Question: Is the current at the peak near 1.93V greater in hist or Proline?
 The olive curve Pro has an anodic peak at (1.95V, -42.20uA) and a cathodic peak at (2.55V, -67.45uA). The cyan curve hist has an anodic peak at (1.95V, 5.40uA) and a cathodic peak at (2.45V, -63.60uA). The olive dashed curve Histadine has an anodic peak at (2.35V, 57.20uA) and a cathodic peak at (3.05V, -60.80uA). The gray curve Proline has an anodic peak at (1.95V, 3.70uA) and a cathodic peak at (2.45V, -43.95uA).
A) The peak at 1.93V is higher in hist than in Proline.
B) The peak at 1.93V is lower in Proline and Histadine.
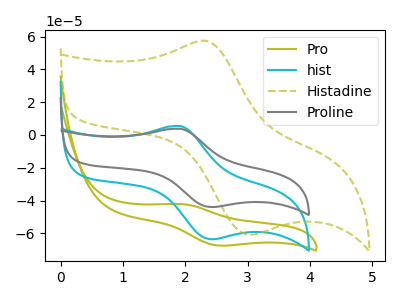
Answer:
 <answer>A) The peak at 1.93V is higher in "hist" than in "Proline".</answer>
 <eval>A</eval>